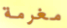
مغرمة